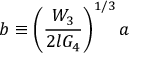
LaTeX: b \equiv \left( \frac { W _ { 3 } } { 2 l G _ { 4 } } \right) ^ { 1 / 3 } a